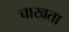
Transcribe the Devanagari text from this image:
चाखता